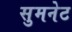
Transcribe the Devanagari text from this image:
सुमनेट